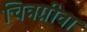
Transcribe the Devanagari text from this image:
चित्रग्रीवा